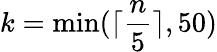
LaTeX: k=\mathrm{min(}\lceil\frac{n}{5}\rceil,50)